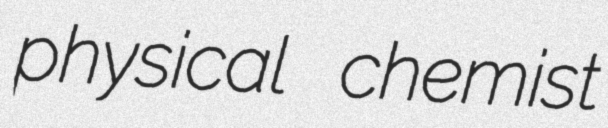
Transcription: physical chemist